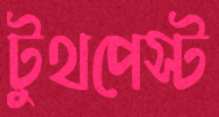
টুথপেস্ট